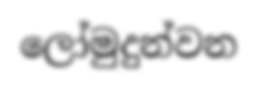
ලෝමුදුන්වන